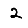
Digit: 2